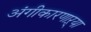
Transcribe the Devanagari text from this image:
अंगीकारणाऱ्या